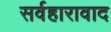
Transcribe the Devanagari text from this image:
सर्वहारावाद